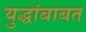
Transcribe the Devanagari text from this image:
युद्धांबाबत